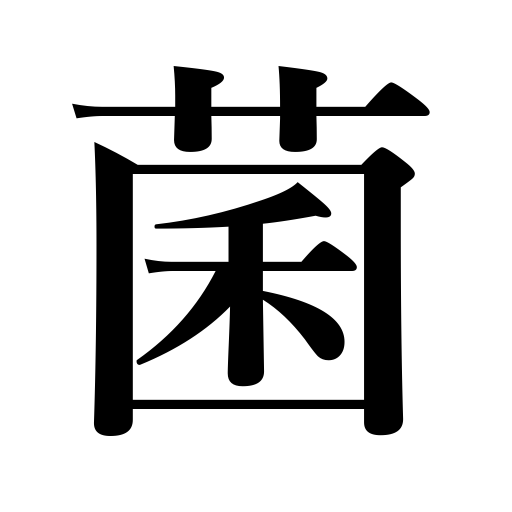
Meanings: bacteria,germ,fungus